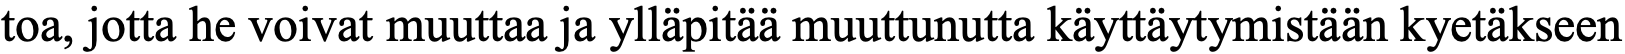
toa, jotta he voivat muuttaa ja ylläpitää muuttunutta käyttäytymistään kyetäkseen